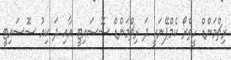
ރިޗްމަންޑް ހީތްރޯ ކެމްޕޭނަކީ ދަ ރިޗްމަންޑް ސޮސައިޓީ އާއި ދަ ކިއު ސޮސައިޓީ